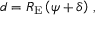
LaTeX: d = { { R } _ { \mathrm { E } } } \left( \psi + \delta \right) \, ,